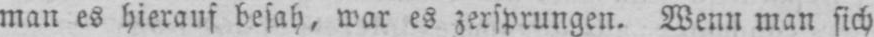
man es hierauf besah, war es zersprungen. Wenn man sich